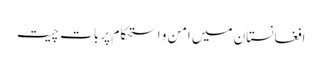
افغانستان میں امن و استحکام پر بات چیت